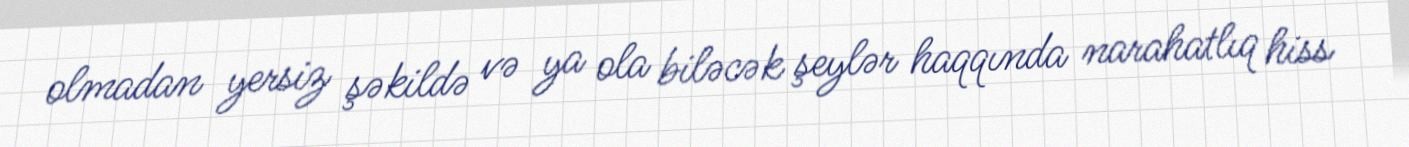
olmadan yersiz şəkildə və ya ola biləcək şeylər haqqında narahatlıq hiss